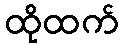
ထိုထက်